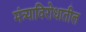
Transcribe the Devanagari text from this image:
मंत्र्याविरोधातील